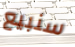
سنبيع